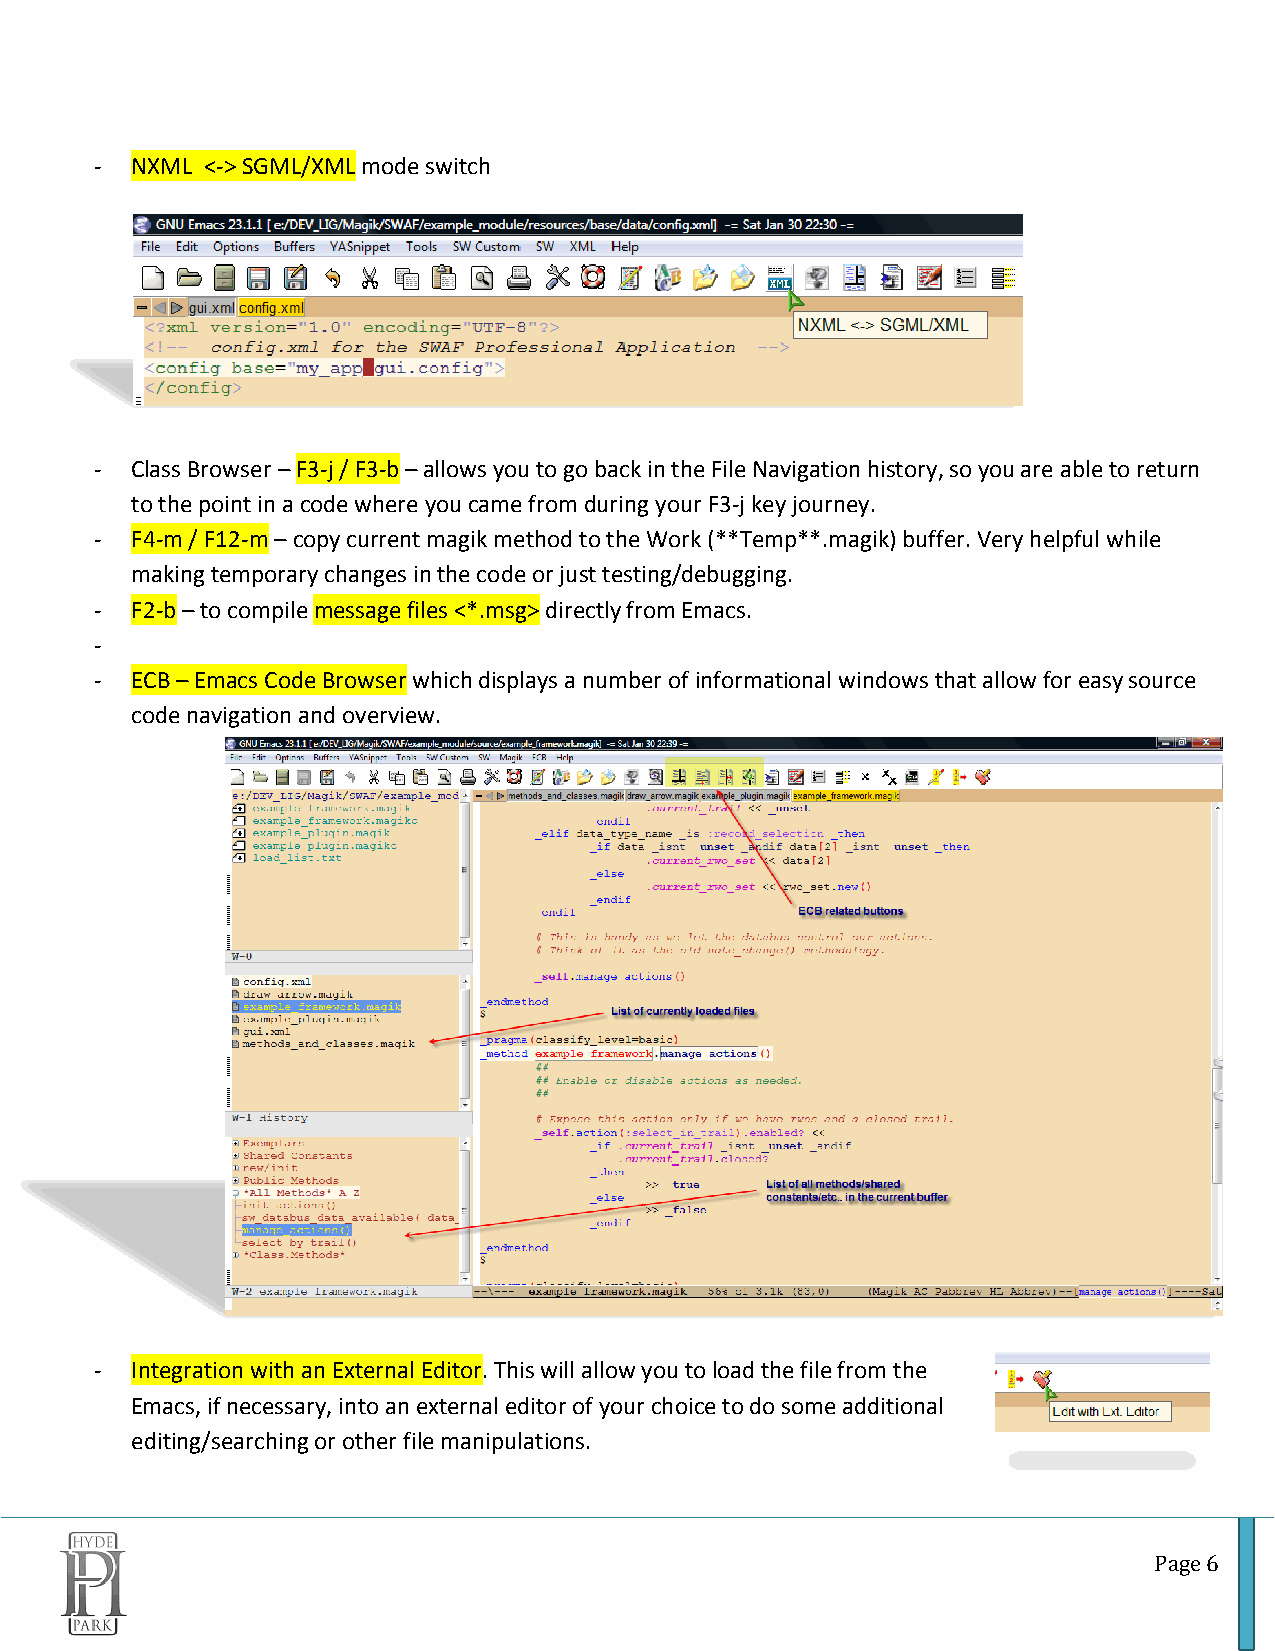
-  NXML <-> SGML/XML mode switch
 -  Class Browser – F3-j / F3-b – allows you to go back in the File Navigation history, so you are able to return
 to the point in a code where you came from during your F3-j key journey.
 -  F4-m / F12-m – copy current magik method to the Work (**Temp**.magik) buffer. Very helpful while
 making temporary changes in the code or just testing/debugging.
 -  F2-b – to compile message files <*.msg> directly from Emacs.
 -
 -  ECB – Emacs Code Browser which displays a number of informational windows that allow for easy source
 code navigation and overview.
 -  Integration with an External Editor. This will allow you to load the file from the
 Emacs, if necessary, into an external editor of your choice to do some additional
 editing/searching or other file manipulations.
 Page 6